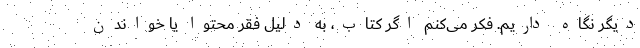
دیگر نگاه داریم. فکر می‌کنم اگر کتاب، به دلیل فقر محتوا یا خواندن